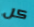
كل